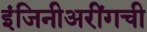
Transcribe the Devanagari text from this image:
इंजिनीअरींगची